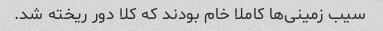
سیب زمینی‌ها کاملا خام بودند که کلا دور ریخته شد.